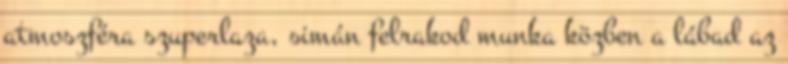
atmoszféra szuperlaza, simán felrakod munka közben a lábad az